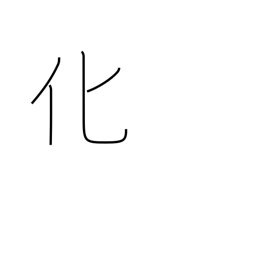
Meaning: influence